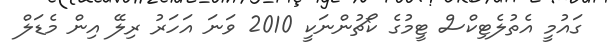
ގައުމީ އެތުލެޓިކްސް ޓީމުގެ ކޯޗުންނަކީ 2010 ވަނަ އަހަރު ރިލޭ އިން މެޑަލް